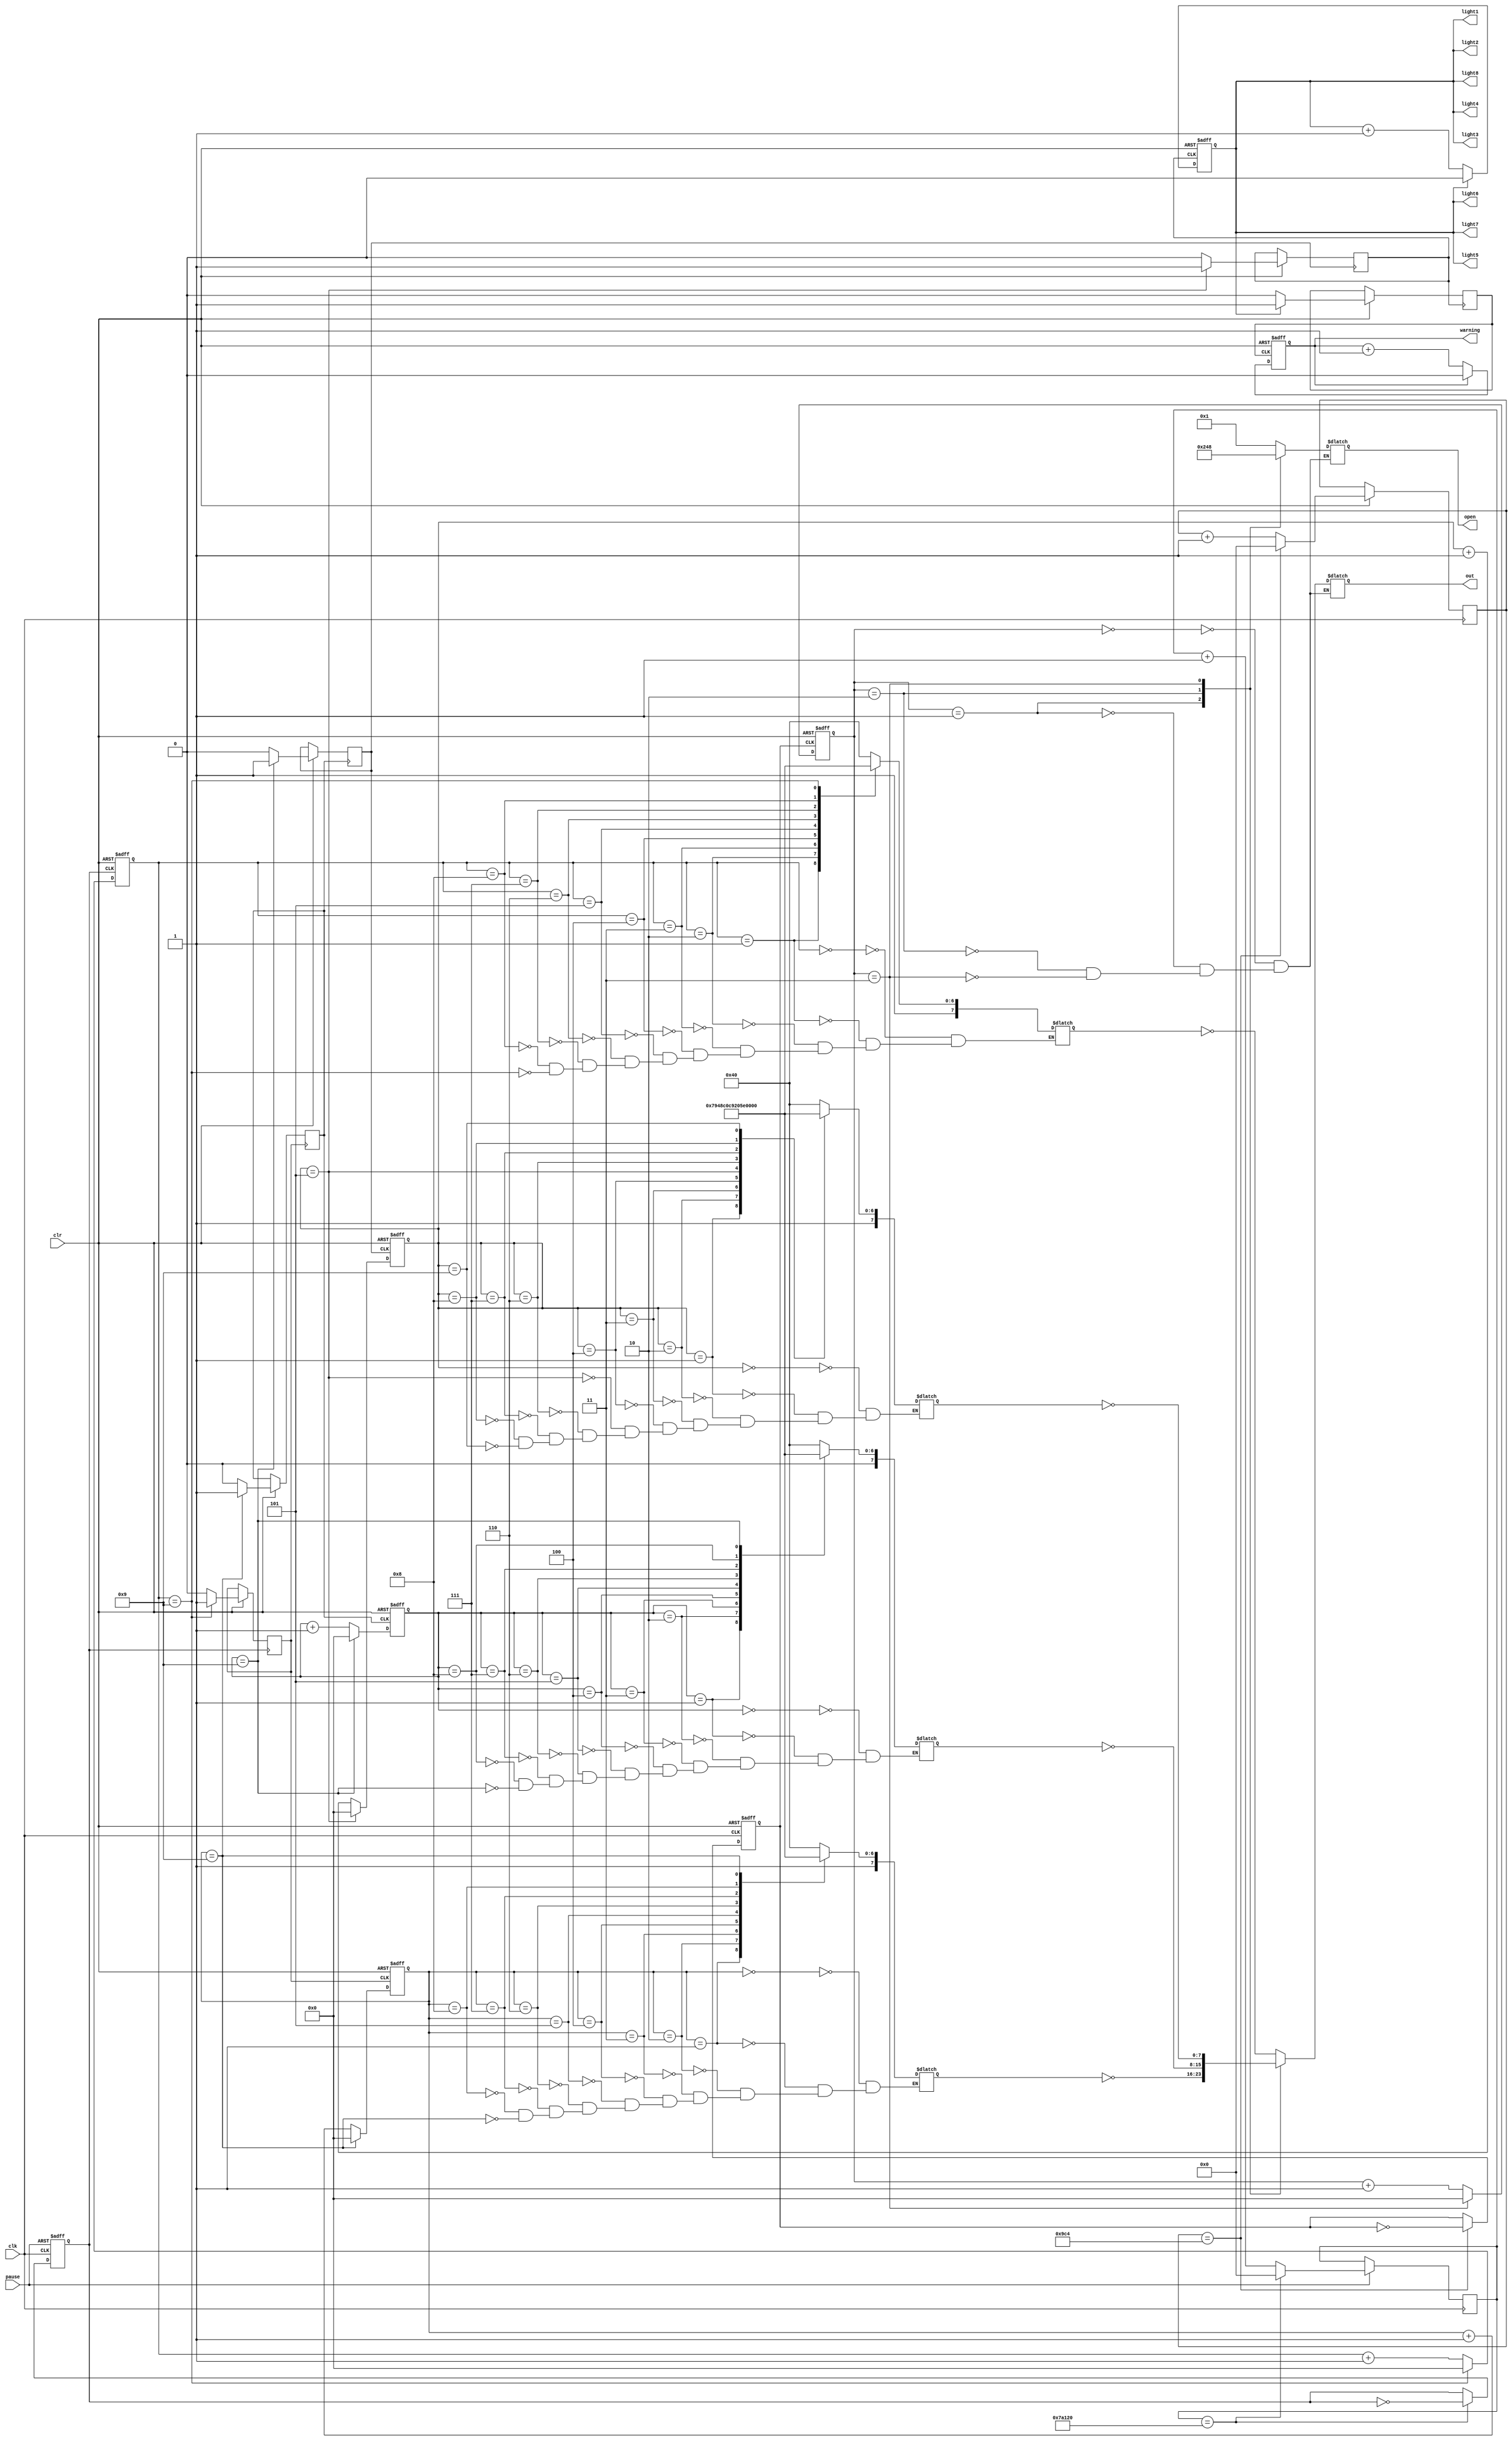
`timescale 1ns / 1ps
//////////////////////////////////////////////////////////////////////////////////
// Company: BIT
// 
// Design Name: 
// Module Name: test_mips
// Project Name: 
// Target Devices: 
// Tool Versions: 
// Description: 
// 
// Dependencies: 
// 
// Revision:
// Revision 0.01 - File Created
// Additional Comments:
// 
//////////////////////////////////////////////////////////////////////////////////


module test_sim(
    input clk,//--1ns//
    input pause,////
    input clr,////
    output [7:0]out,////
    output [3:0]open,////
    output light1,light2,light3,light4,light5,light6,light7,light8,warning
    //LED"1"warning//
    );
        reg  rled_out1;reg [7:0] led1;// 10*ms//
        reg  rled_out2;reg [7:0] led2;//100*ms//
        reg  rled_out3;reg [7:0] led3;//s//
        reg  rled_out4;reg [7:0] led4;//10*s//
        parameter time0 = 40'd2_500;//scan//
        parameter time1 = 40'd500_000;//create 10ms//
        reg [39:0] count0;reg  rled_out0;reg [3:0] q0;
        reg [39:0] count1;reg [3:0] q1;reg temp1;
        reg [39:0] count2;reg [3:0] q2;reg temp2;
        reg [39:0] count3;reg [3:0] q3;reg temp3;
        reg [39:0] count4;reg [3:0] q4;reg temp4;
        reg [39:0] count5;reg  rled_out5;reg q5;reg q6;
        reg [39:0] count6;reg  rled_out6;reg [7:0]led0;reg [3:0]temp;
//-------------------------------create ms-------------------------------------------//
        always @(posedge clk or negedge pause)
         if(!pause )//0
         begin
            count1 <= count1;
            rled_out1<=0;
         end
         else if(count1 == time1) 
         begin 
            count1 <= 0;
            rled_out1<=~rled_out1;
         end
         else count1 <= count1 + 1;
        //----------------------------1-------------------------//
        always @(posedge rled_out1 or negedge clr )
        begin
           if(clr==0)
            q1 <= 4'b0000;
           else 
            begin
             if(q1==9)
              begin 
               q1 <= 0;
               rled_out2 <= 1;
              end
             else
              begin
              q1 <= q1+1;
              rled_out2 <= 0;
              end
            end
        end
        //----------------------1-------------------//
        always @ (*)
                case(q1)
                4'b0000: led1 = 8'b11000000;  //0  
                4'b0001: led1 = 8'b11111001;  //1  
                4'b0010: led1 = 8'b10100100;  //2  
                4'b0011: led1 = 8'b10110000;  //3  
                4'b0100: led1 = 8'b10011001;  //4  
                4'b0101: led1 = 8'b10010010;  //5  
                4'b0110: led1 = 8'b10000010;  //6  
                4'b0111: led1 = 8'b11111000;  //7  
                4'b1000: led1 = 8'b10000000;  //8  
                4'b1001: led1 = 8'b10010000;  //9  
                endcase
        //----------------------------2-------------------------//
        always @(posedge rled_out2 or negedge clr )
        begin
           if(clr==0)
            q2 <= 4'b0000;
           else 
            begin
             if(q2==9)
              begin 
               q2 <= 0;
               rled_out3 <= 1;
              end
             else
              begin
              q2 <= q2+1;
              rled_out3 <= 0;
              end
            end
        end
        //----------------------2-------------------//
        always @ (*)
                case(q2)
                4'b0000: led2 = 8'b11000000;  //0  
                4'b0001: led2 = 8'b11111001;  //1  
                4'b0010: led2 = 8'b10100100;  //2  
                4'b0011: led2 = 8'b10110000;  //3  
                4'b0100: led2 = 8'b10011001;  //4  
                4'b0101: led2 = 8'b10010010;  //5  
                4'b0110: led2 = 8'b10000010;  //6  
                4'b0111: led2 = 8'b11111000;  //7  
                4'b1000: led2 = 8'b10000000;  //8  
                4'b1001: led2 = 8'b10010000;  //9   
                endcase
        //----------------------------3-------------------------//
        always @(posedge rled_out3 or negedge clr )
        begin
           if(clr==0)
            q3 <= 4'b0000;
           else 
            begin
             if(q3==9)
              begin 
               q3 <= 0;
               rled_out4 <= 1;
              end
             else
              begin
              q3 <= q3+1;
              rled_out4 <= 0;
              end
            end
        end
        //----------------------3-------------------//
        always @ (*)
                case(q3)
                4'b0000: led3 = 8'b01000000;  //0  
                4'b0001: led3 = 8'b01111001;  //1  
                4'b0010: led3 = 8'b00100100;  //2  
                4'b0011: led3 = 8'b00110000;  //3  
                4'b0100: led3 = 8'b00011001;  //4  
                4'b0101: led3 = 8'b00010010;  //5  
                4'b0110: led3 = 8'b00000010;  //6  
                4'b0111: led3 = 8'b01111000;  //7  
                4'b1000: led3 = 8'b00000000;  //8  
                4'b1001: led3 = 8'b00010000;  //9  
                endcase
        //----------------------------4-------------------------//
        always @(posedge rled_out4 or negedge clr )
        begin
           if(clr==0)
            q4 <= 4'b0000;
           else 
            begin
             if(q4==5)
              begin 
               q4 <= 0;
               rled_out5 <= 1;
              end
             else
              begin
              q4 <= q4+1;
              rled_out5 <= 0;
              end
            end
        end
        //----------------------4-------------------//
        always @ (*)
                case(q4)
                4'b0000: led4 = 8'b11000000;  //0  
                4'b0001: led4 = 8'b11111001;  //1  
                4'b0010: led4 = 8'b10100100;  //2  
                4'b0011: led4 = 8'b10110000;  //3  
                4'b0100: led4 = 8'b10011001;  //4  
                4'b0101: led4 = 8'b10010010;  //5  
                4'b0110: led4 = 8'b10000010;  //6  
                4'b0111: led4 = 8'b11111000;  //7  
                4'b1000: led4 = 8'b10000000;  //8  
                4'b1001: led4 = 8'b10010000;  //9 
                endcase
        //---------------------------------------------------//
        always @(posedge clk or negedge clr)//100//
        if(!clr  )//0
        begin
          count0 <= count0;
          rled_out0<=4'b0;
        end
        else if(count0 == time0) 
        begin 
          count0 <= 40'd0;
          rled_out0<=~rled_out0;
        end
        else count0 <= count0 + 1'b1;
      //---------------------------------------------------//
        always @(posedge rled_out0 or negedge clr )
        begin
           if(clr==0)
            q0 <= 4'b0000;
           else 
            begin
             if(q0==3)
              begin 
               q0 <= 0;
              end
             else
              begin
              q0 <= q0+1;
              end
            end
        end
        //-----------------------------------------//
        always @(*)
              case (q0)
          //    4'b0000:begin led0<=led1;temp1<=1;temp2<=0;temp3<=0;temp4<=0;end
          //    4'b0001:begin led0<=led2;temp1<=0;temp2<=1;temp3<=0;temp4<=0;end
           //   4'b0010:begin led0<=led3;temp1<=0;temp2<=0;temp3<=1;temp4<=0;end
           //   4'b0011:begin led0<=led4;temp1<=0;temp2<=0;temp3<=0;temp4<=1;end
               4'b0000:begin led0=~led1;temp=4'b0001;end
               4'b0001:begin led0=~led2;temp=4'b0010;end
               4'b0010:begin led0=~led3;temp=4'b0100;end
               4'b0011:begin led0=~led4;temp=4'b1000;end
              endcase
          assign out=led0;//assign open1=temp1;assign open2=temp2;assign open3=temp3;assign open4=temp4;
          assign open=temp;
           //--------------------------------------------------//
            always @(posedge rled_out5 or negedge clr )
                   begin
                      if(clr==0)
                       q5 <= 4'b0000;
                      else 
                       begin
                        if(q5==1)
                         begin 
                          q5 <= 0;
                          rled_out6 <= 1;
                         end
                        else
                         begin
                         q5 <= q5+1;
                         rled_out6 <= 0;
                         end
                       end
                   end
              assign light1=q5;assign light2=q5;assign light3=q5;assign light4=q5;
              assign light5=q5;assign light6=q5;assign light7=q5;assign light8=q5;
              //---------------------------------------------------------------------//
              always @(posedge rled_out6 or negedge clr )
                      begin
                         if(clr==0)
                          q6 <= 4'b0000;
                         else 
                          begin
                           if(q6==1)
                            begin 
                             q6 <= 0;
                            end
                           else
                            begin
                            q6 <= q6+1;
                            end
                          end
                      end
               assign warning=q6;
endmodule